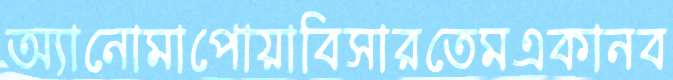
অ্যানোমাপোয়াবিসারতেমএকানব